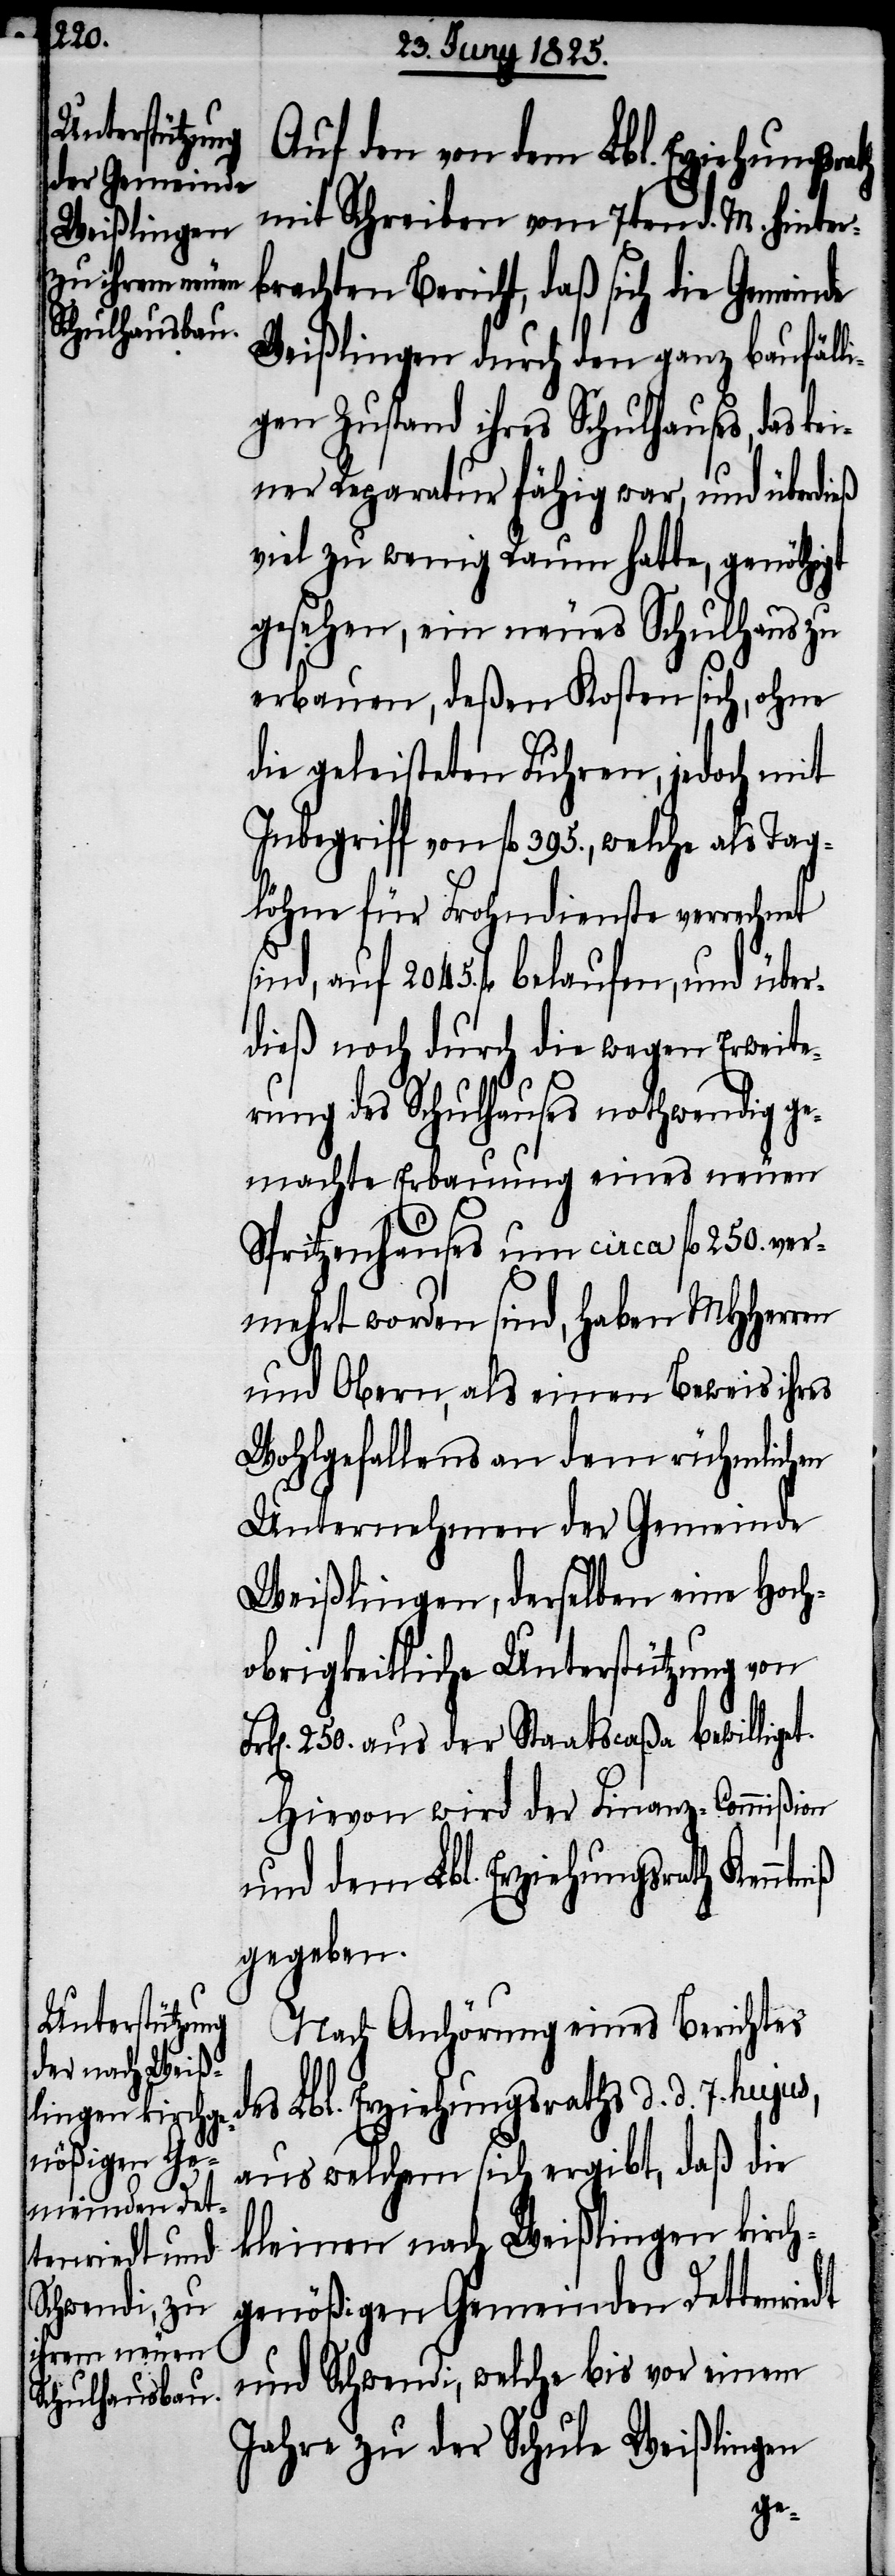
Auf den von dem Lbl. Erziehungsra¬
mit Schreiben vom 7ten d. M. hinter¬
brachten Bericht, daß sich die Gemeinde
Weißlingen durch den ganz baufäll¬
igen Zustand ihres Schulhauses, das kei¬
ner Reparatur fähig war, und überdi¬
viel zu wenig Raum hatte, genöthigt
gesehen, ein neues Schulhaus zu
erbauen, deßen Kosten sich, ohne
die geleisteten Fuhren, jedoch mit
Inbegriff von fl 395., welche als Tag¬
löhne für Frohndienste verrechnet
sind, auf 2045. fl belaufen, und über¬
dieß noch durch die wegen Erweite¬
rung des Schulhauses nothwendig ge¬
machte Erbauung eines neuen
Spritzenhauses um circa fl 250. ver¬
mehrt worden sind, haben MHHerren
und Obern, als einen Beweis ihres
Wohlgefallens an dem rühmlichen
Unternehmen der Gemeinde
Weißlingen, derselben eine Hoch¬
obrigkeitliche Unterstützung von
250. aus der Staatscaßa bewilligt.
Hievon wird der Finanz-Commißion
des Lbl. Erziehungsraths d. d.
gegeben.
Nach Anhörung eines Berichtes
aus welchem sich ergibt, daß die
kleinen nach Weißlingen kirch¬
genößischen Gemeinden Dettenriedt
und Schwendi, welche bis vor einem
Jahre zu der Schule Weißlingen
niß